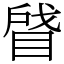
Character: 䁉